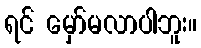
ရင် မှော်မလာပါဘူး။